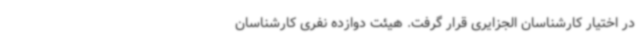
در اختیار کارشناسان الجزایری قرار گرفت. هیئت دوازده نفری کارشناسان